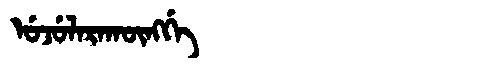
Manchu: ᡠᠵᡠᠯᠠᡵᠠᡴᡡᠩᡤᡝ
Romanization: UJULARAKŪNGGE